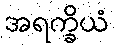
အရက္ခိယံ